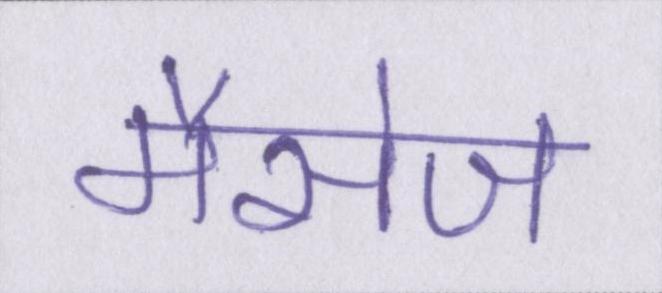
मैसेज